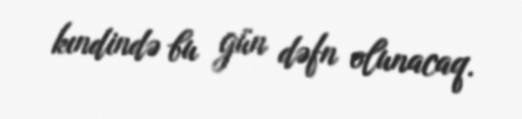
kındində bu gün dəfn olunacaq.